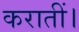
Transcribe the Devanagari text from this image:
करातीं।